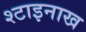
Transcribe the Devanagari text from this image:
श्टाइनाख